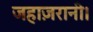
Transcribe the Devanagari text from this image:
जहाज़रानी।